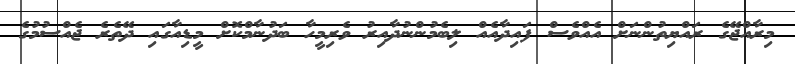
މިރާއްޖޭގެ ރައްޔިތުންނަށް އެއްވެސް ފައިދާއެއް ލިބެމުންނުދާއިރު ވެރިމީހާ ބަދުނާމްކޮށް މީޑިއާގައި ދޭތެރެ ޖެއްސުމުގެ